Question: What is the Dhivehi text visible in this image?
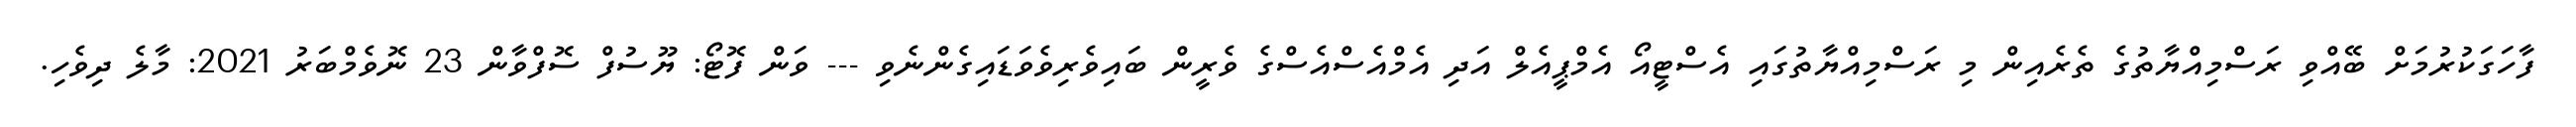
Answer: ފާހަގަކުރުމަށް ބޭއްވި ރަސްމިއްޔާތުގެ ތެރެއިން މި ރަސްމިއްޔާތުގައި އެސްޓީއޯ އެމްޕީއެލް އަދި އެމްއެސްއެސްގެ ވެރީން ބައިވެރިވެވަޑައިގެންނެވި --- ވަން ފޮޓޯ: ޔޫސުފް ސޮފްވާން 23 ނޮވެމްބަރު 2021: މާލެ ދިވެހި.